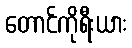
တောင်ကိုရီးယား